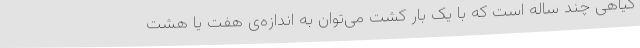
گیاهی چند ساله است که با یک بار کشت می‌توان به اندازه‌ی هفت یا هشت